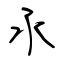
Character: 氶